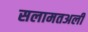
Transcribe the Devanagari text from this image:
सलामतअली